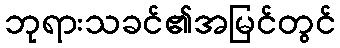
ဘုရားသခင်၏အမြင်တွင်